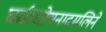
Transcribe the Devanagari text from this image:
घर्घरघोषनादमलिने